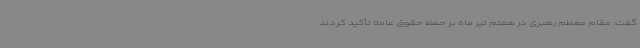
گفت: مقام معظم رهبری در هفتم تیر ماه بر حفظ حقوق عامه تأکید کردند